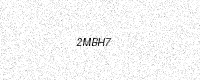
Text: 2MBH7